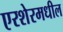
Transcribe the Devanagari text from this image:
एरशेरमधील